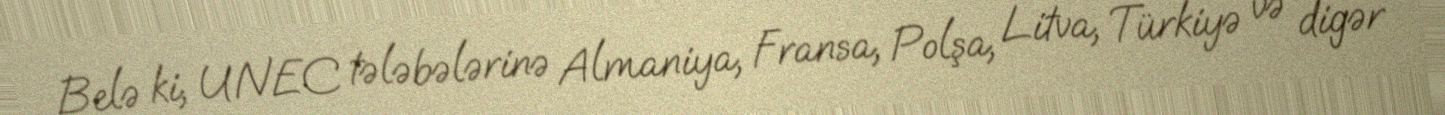
Belə ki, UNEC tələbələrinə Almaniya, Fransa, Polşa, Litva, Türkiyə və digər